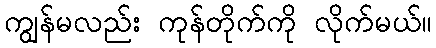
ကျွန်မလည်း ကုန်တိုက်ကို လိုက်မယ်။